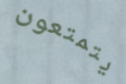
يتمتعون